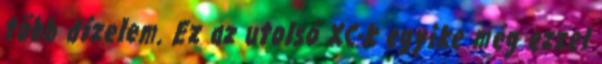
több dízelem. Ez az utolsó XC-k egyike még ezzel